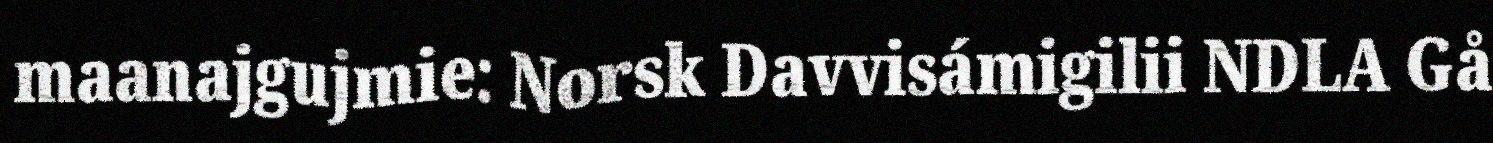
maanajgujmie: Norsk Davvisámigilii NDLA Gå